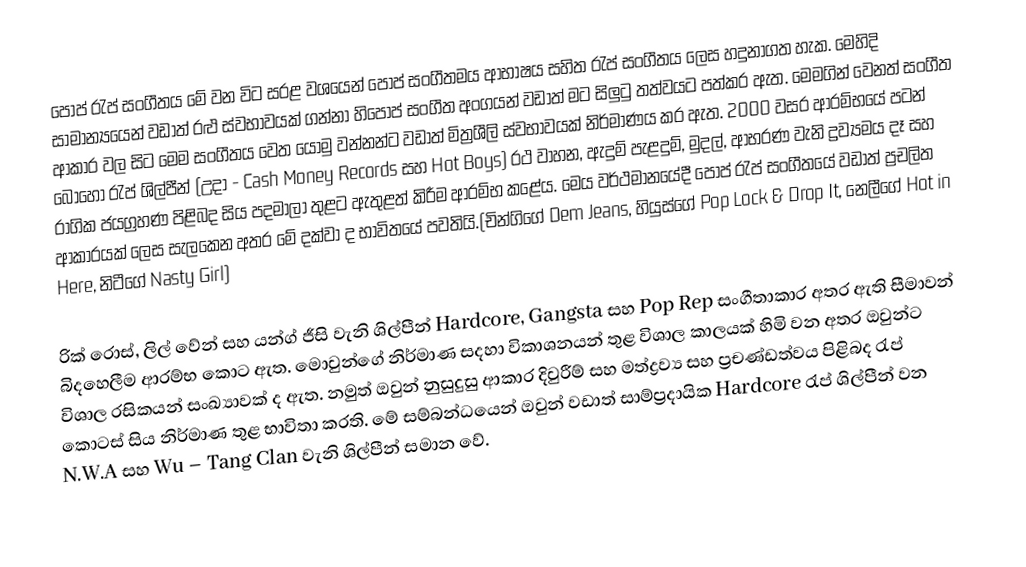
පොප් රැප් සංගීතය මේ වන විට සරළ වශයෙන් පොප් සංගීතමය ආභාෂය සහිත රැප් සංගීතය ලෙස හදුනාගත හැක. මෙහිදි සාමාන්‍යයෙන් වඩාත් රළු ස්වභාවයක් ගන්නා හිපොප් සංගීත අංගයන් වඩාත් මට සිලුටු තත්වයට පත්කර ඇත. මෙමගින් වෙනත් සංගීත ආකාර වල සිට මෙම සංගීතය වෙත යොමු වන්නන්ට වඩාත් මිත්‍රශීලි ස්වභාවයක් නිර්මාණය කර ඇත. 2000 වසර ආරම්භයේ පටන් බොහෝ රැප් ශිල්පීන් (උදා  - Cash Money Records සහ Hot Boys) රථ වාහන, ඇදුම් පැළදුම්, මුදල්, ආභරණ වැනි ද්‍රව්‍යමය දෑ සහ රාගික ජයග්‍රහණ පිළිබද සිය පදමාලා තුළට ඇතුළත් කිරීම ආරම්භ කළේය. මෙය වර්ථමානයේදී පොප් රැප් සංගීතයේ වඩාත් ප්‍රචලිත ආකාරයක් ලෙස සැල‍කෙන අතර මේ දක්වා ද භාවිතයේ පවතියි.(චින්ගිගේ Dem Jeans, හියුස්ගේ Pop Lock & Drop It, නෙලීගේ Hot in Here, නිටීගේ Nasty Girl)

රික් රොස්, ලිල් වේන් සහ යන්ග් ජීසි වැනි ශිල්පීන් Hardcore, Gangsta සහ Pop Rep සංගීතාකාර අතර ඇති සීමාවන් බිදහෙලීම ආරම්භ කොට ඇත. මොවුන්ගේ නිර්මාණ සදහා විකාශනයන් තුළ විශාල කාලයක් හිමි වන අතර ඔවුන්ට විශාල රසිකයන් සංඛ්‍යාවක් ද ඇත. නමුත් ඔවුන් නුසුදුසු ආකාර දිවුරීම් සහ මත්ද්‍රව්‍ය සහ ප්‍රචණ්ඩත්වය පිළිබද ‍රැප් කොටස් සිය නිර්මාණ තුළ භාවිතා කරති. මේ සම්බන්ධයෙන් ඔවුන් වඩාත් සාම්ප්‍රදායික Hardcore රැප් ශිල්පීන් වන N.W.A සහ Wu – Tang Clan වැනි ශිල්පීන් සමාන වේ.